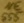
Text: 555